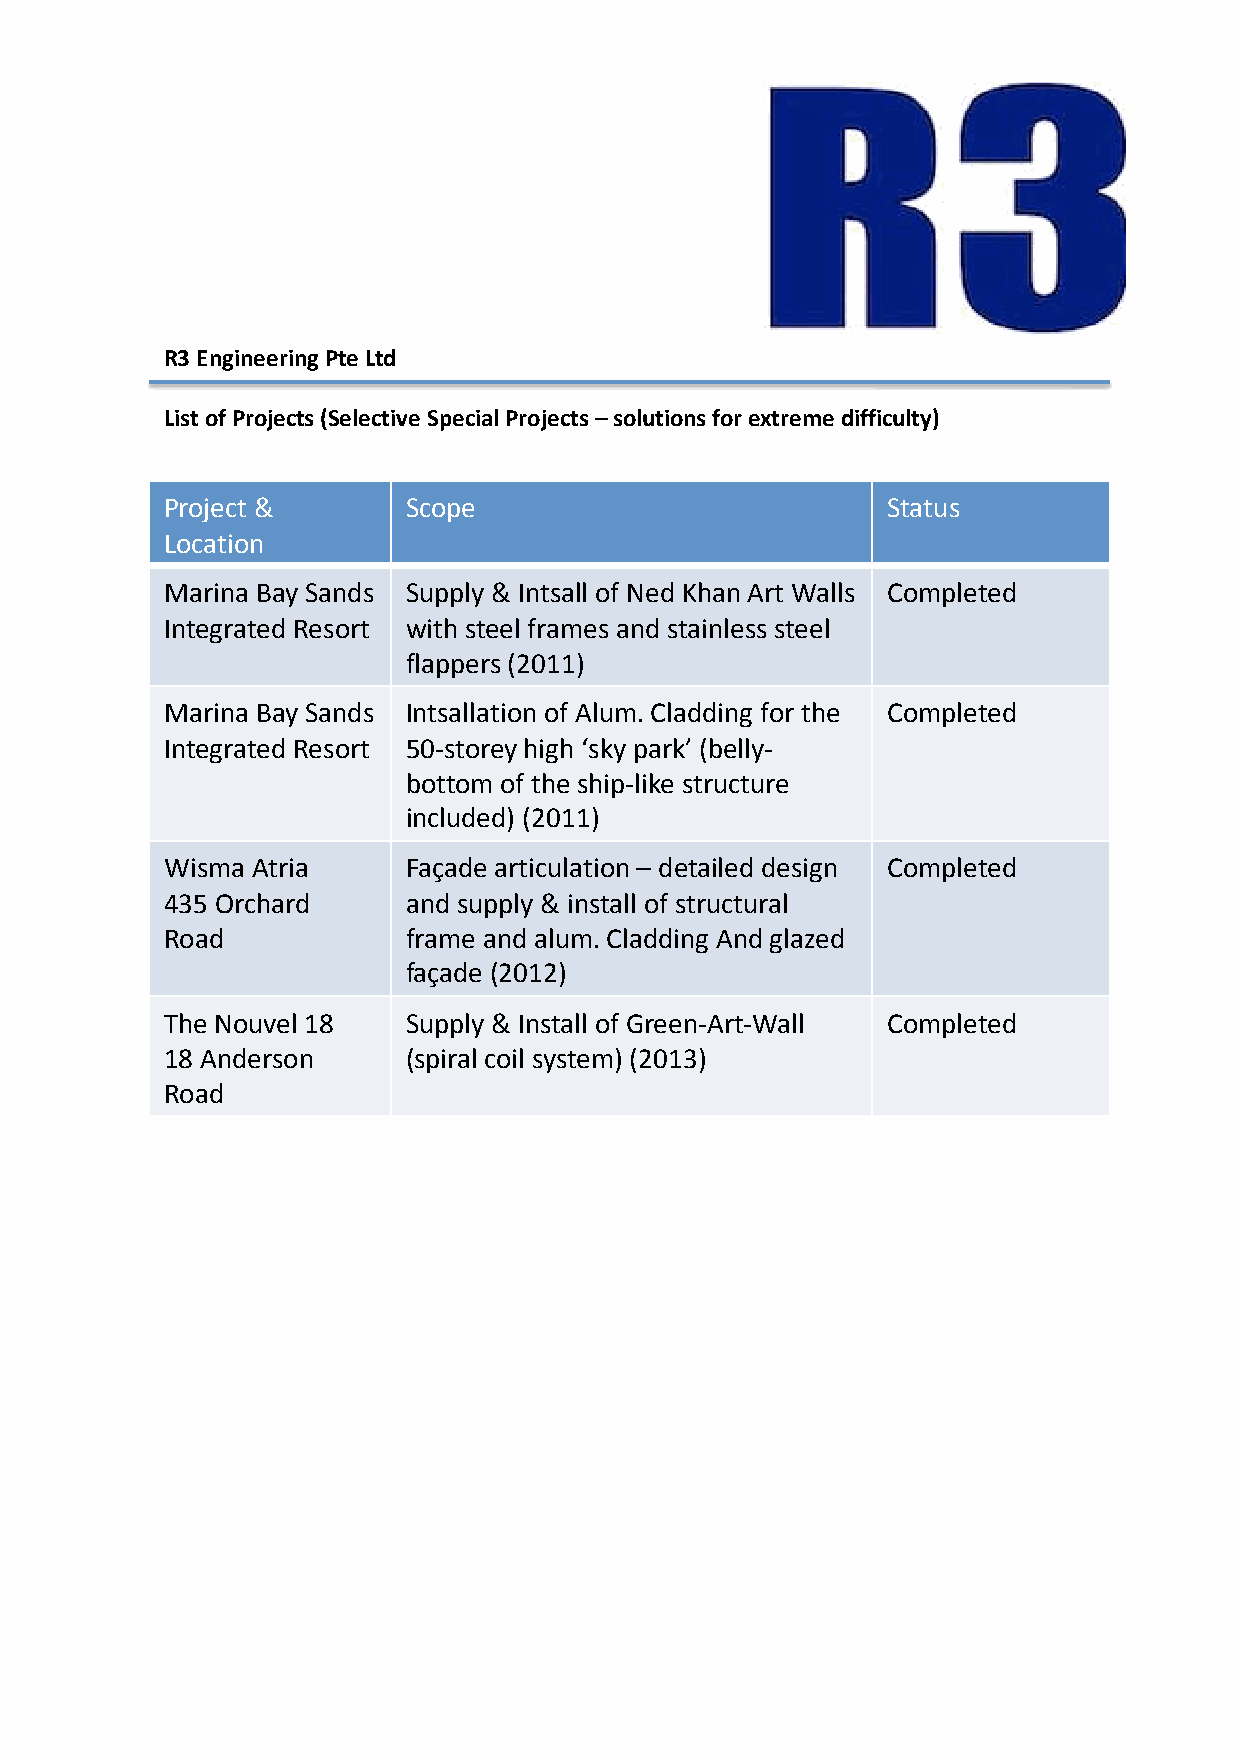
R3 Engineering Pte Ltd
 List of Projects (Selective Special Projects – solutions for extreme difficulty)
 Project &       Scope                           Status
 Location
 Marina Bay Sands Supply & Intsall of Ned Khan Art Walls Completed
 Integrated Resort with steel frames and stainless steel
 flappers (2011)
 Marina Bay Sands Intsallation of Alum. Cladding for the Completed
 Integrated Resort 50-storey high ‘sky park’ (belly-
 bottom of the ship-like structure
 included) (2011)
 Wisma Atria     Façade articulation – detailed design Completed
 435 Orchard     and supply & install of structural
 Road            frame and alum. Cladding And glazed
 façade (2012)
 The Nouvel 18   Supply & Install of Green-Art-Wall Completed
 18 Anderson     (spiral coil system) (2013)
 Road